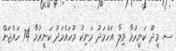
ސ. މީދޫ ކަނީރުމާ ވިލާ އަހުމަދު މަނިކު މުހައްމަދު ކަނީރުމާ 74 ހައްޖަށް